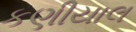
કણીયાલ